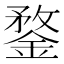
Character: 鍪